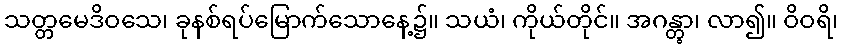
သတ္တမေဒိဝသေ၊ ခုနစ်ရပ်မြောက်သောနေ့၌။ သယံ၊ ကိုယ်တိုင်။ အဂန္တွာ၊ လာ၍။ ဝိဝရိ၊